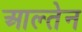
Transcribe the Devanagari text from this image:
आल्तेन